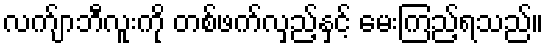
လက်ျာဘီလူးကို တစ်ဖက်လှည့်နှင့် မေးကြည့်ရသည်။